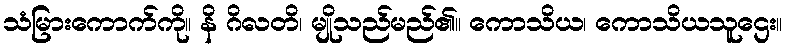
သံမြားကောက်ကို။ နိ ဂိလတိ၊ မျိုသည်မည်၏။ ကောသိယ၊ ကောသိယသူဌေး။